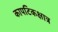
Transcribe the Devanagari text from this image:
कापटिकक्षात्र